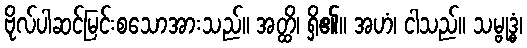
ဗိုလ်ပါဆင်မြင်းစသောအားသည်။ အတ္ထိ၊ ရှိ၏။ အဟံ၊ ငါသည်။ သမ္ဗုဒ္ဓံ၊